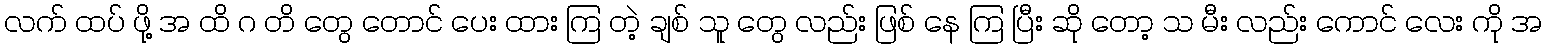
လက် ထပ် ဖို့ အ ထိ ဂ တိ တွေ တောင် ပေး ထား ကြ တဲ့ ချစ် သူ တွေ လည်း ဖြစ် နေ ကြ ပြီး ဆို တော့ သ မီး လည်း ကောင် လေး ကို အ